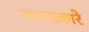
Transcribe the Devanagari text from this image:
जगदाकारे